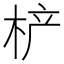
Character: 𰗡